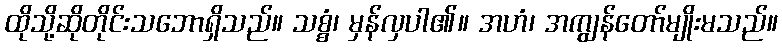
ထိုသို့ဆိုတိုင်းသဘောရှိသည်။ သစ္စံ၊ မှန်လှပါ၏။ အဟံ၊ အကျွန်တော်မျိုးမသည်။